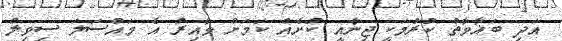
އަދި ބަޣާވާތް ކުރުމަކީ ޖިނާއީ ކުށެއް ކަމަށް ވާއިރު އެ މައްސަލަ ސިވިލް